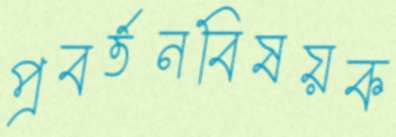
প্রবর্তনবিষয়ক